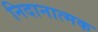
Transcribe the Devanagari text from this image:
निदानात्‍मक